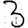
Digit: 3